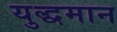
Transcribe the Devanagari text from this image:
युद्धमान